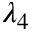
\lambda _ { 4 }